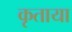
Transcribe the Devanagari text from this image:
कृताया